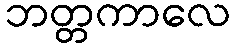
ဘတ္တကာလေ